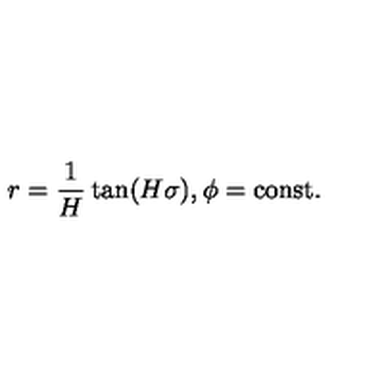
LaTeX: r = \frac { 1 } { H } \tan ( H \sigma ) , \phi = \mathrm { c o n s t . }